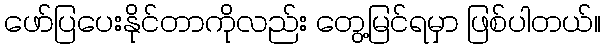
ဖော်ပြပေးနိုင်တာကိုလည်း တွေ့မြင်ရမှာ ဖြစ်ပါတယ်။